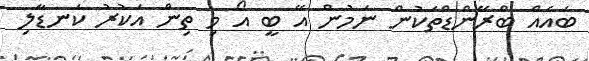
ބައެއް ބްރޭންޑްތަކުން ނަމުން އޭ ބީ އޯ މި ތިން އަކުރު ކަނޑާލި